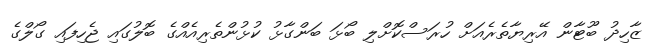
ޒާހިދު ބޫޓާން އޭރިޔާތެރެއަށް ހުރަސްކޮށްލި ބޯޅަ ބަންގާޅު ކުޅުންތެރިއެއްގެ ބޮލުގައި ޖެހިފައި ގޯލްގެ